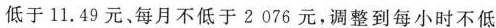
低于11.49元、每月不低于2076元，调整到每小时不低